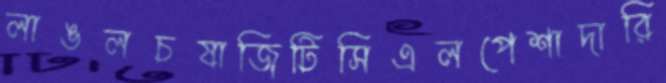
লাঙলচষাজিটিসিএলপেশাদারি